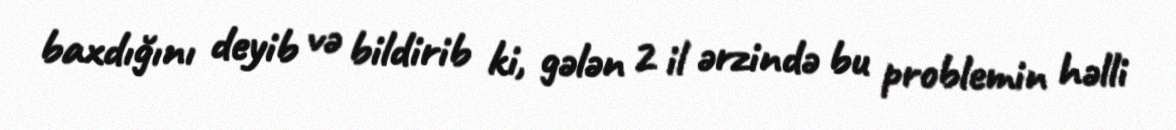
baxdığını deyib və bildirib ki, gələn 2 il ərzində bu problemin həlli